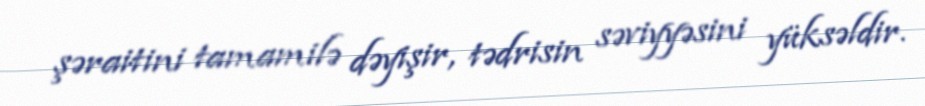
şəraitini tamamilə dəyişir, tədrisin səviyyəsini yüksəldir.